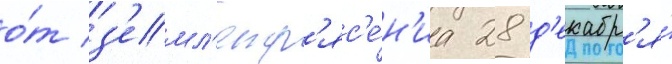
о́т з'емл'етр'яс'е́н'иа 28 д'екабр'я́